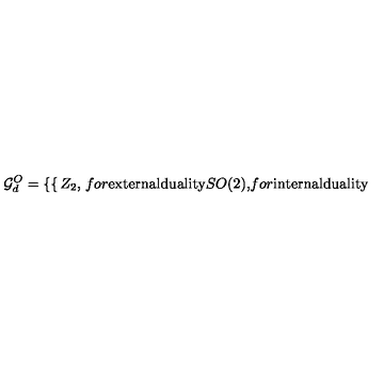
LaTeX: { \cal G } _ { d } ^ { O } = \left\{ \begin{cases} { Z _ { 2 } , } & { f o r \mathrm { e x t e r n a l d u a l i t y } } \\ { S O ( 2 ) , } & { f o r \mathrm { i n t e r n a l d u a l i t y } } \\ \end{cases} \right.